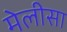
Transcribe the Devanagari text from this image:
मेलीसा